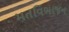
મતવિભાજન